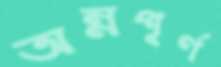
অন্নপূর্ণ